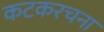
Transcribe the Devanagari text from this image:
कटकरचना